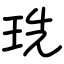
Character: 珗